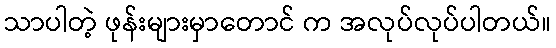
သာပါတဲ့ ဖုန်းများမှာတောင် က အလုပ်လုပ်ပါတယ်။